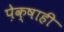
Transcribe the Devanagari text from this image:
पे़क्षाही